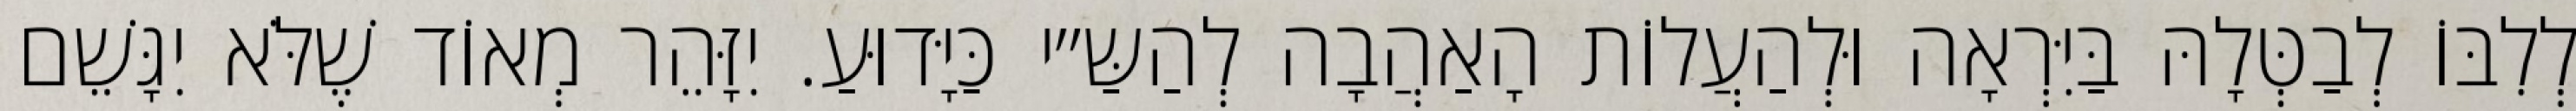
לְלִבּוֹ לְבַטְּלָהּ בַּיִּרְאָה וּלְהַעֲלוֹת הָאַהֲבָה לְהַשַּ״י כַּיָּדוּעַ. יִזָּהֵר מְאוֹד שֶׁלֹּא יִגָּשֵׁם